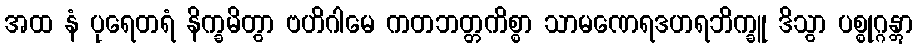
အထ နံ ပုရေတရံ နိက္ခမိတွာ ဗဟိဂါမေ ကတဘတ္တကိစ္စာ သာမဏေရဒဟရဘိက္ခူ ဒိသွာ ပစ္စုဂ္ဂန္တွာ